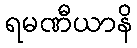
ရမဏီယာနိ